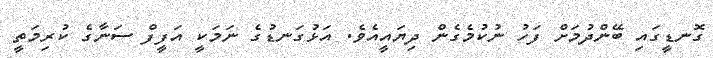
ގޮނޑީގައި ބޭންދުމަށް ފަހު ނުކުމެގެން ދިޔައީއެވެ. އަޅުގަނޑުގެ ނަމަކީ އަފީފް ސަނާގެ ކުރިމަތީ